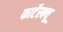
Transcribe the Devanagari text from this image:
फार्टेस्क्यू